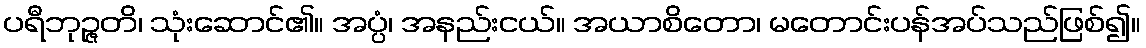
ပရီဘုဉ္ဇတိ၊ သုံးဆောင်၏။ အပ္ပံ၊ အနည်းငယ်။ အယာစိတော၊ မတောင်းပန်အပ်သည်ဖြစ်၍။